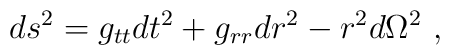
ds^2 = g_{tt} dt^2 + g_{rr} dr^2 - r^2 d\Omega^2 \ ,